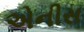
એનીસ